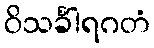
ဝိသင်္ခါရဂတံ